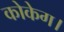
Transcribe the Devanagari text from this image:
कोकेग।